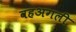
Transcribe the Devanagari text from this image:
वहअगली